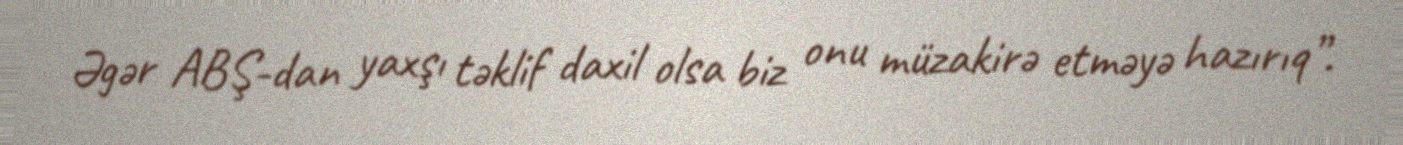
Əgər ABŞ-dan yaxşı təklif daxil olsa biz onu müzakirə etməyə hazırıq”.